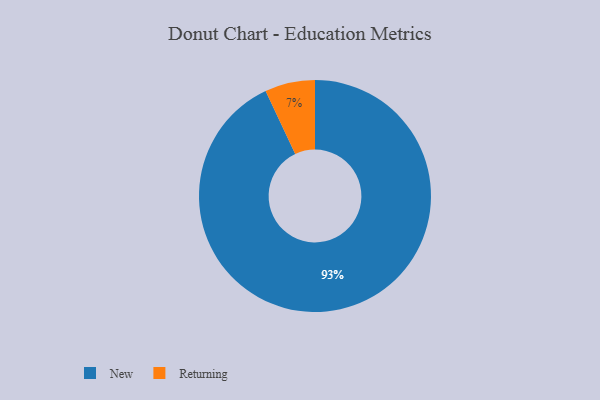
{"axis": {"x": "Category", "y": "Percentage"}, "legend": ["New", "Returning"], "data": [{"x": "New", "y": 93, "type": "New"}, {"x": "Returning", "y": 7, "type": "Returning"}]}